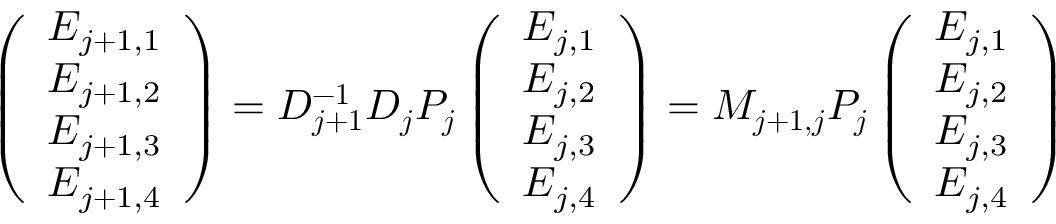
\left( \begin{array} { c } { E _ { j + 1 , 1 } } \\ { E _ { j + 1 , 2 } } \\ { E _ { j + 1 , 3 } } \\ { E _ { j + 1 , 4 } } \end{array} \right) = \boldsymbol { D _ { j + 1 } ^ { - 1 } D _ { j } P _ { j } } \left( \begin{array} { c } { E _ { j , 1 } } \\ { E _ { j , 2 } } \\ { E _ { j , 3 } } \\ { E _ { j , 4 } } \end{array} \right) = \boldsymbol { M _ { j + 1 , j } P _ { j } } \left( \begin{array} { c } { E _ { j , 1 } } \\ { E _ { j , 2 } } \\ { E _ { j , 3 } } \\ { E _ { j , 4 } } \end{array} \right)